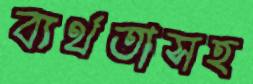
ব্যর্থতাসহ